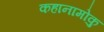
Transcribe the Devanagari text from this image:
कहानामोकु